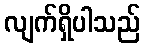
လျက်ရှိပါသည်